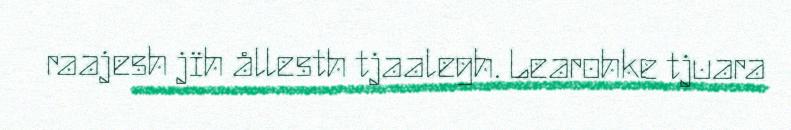
raajesh jïh ållesth tjaalegh. Learohke tjuara